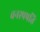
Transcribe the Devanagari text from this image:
वनस्पपति